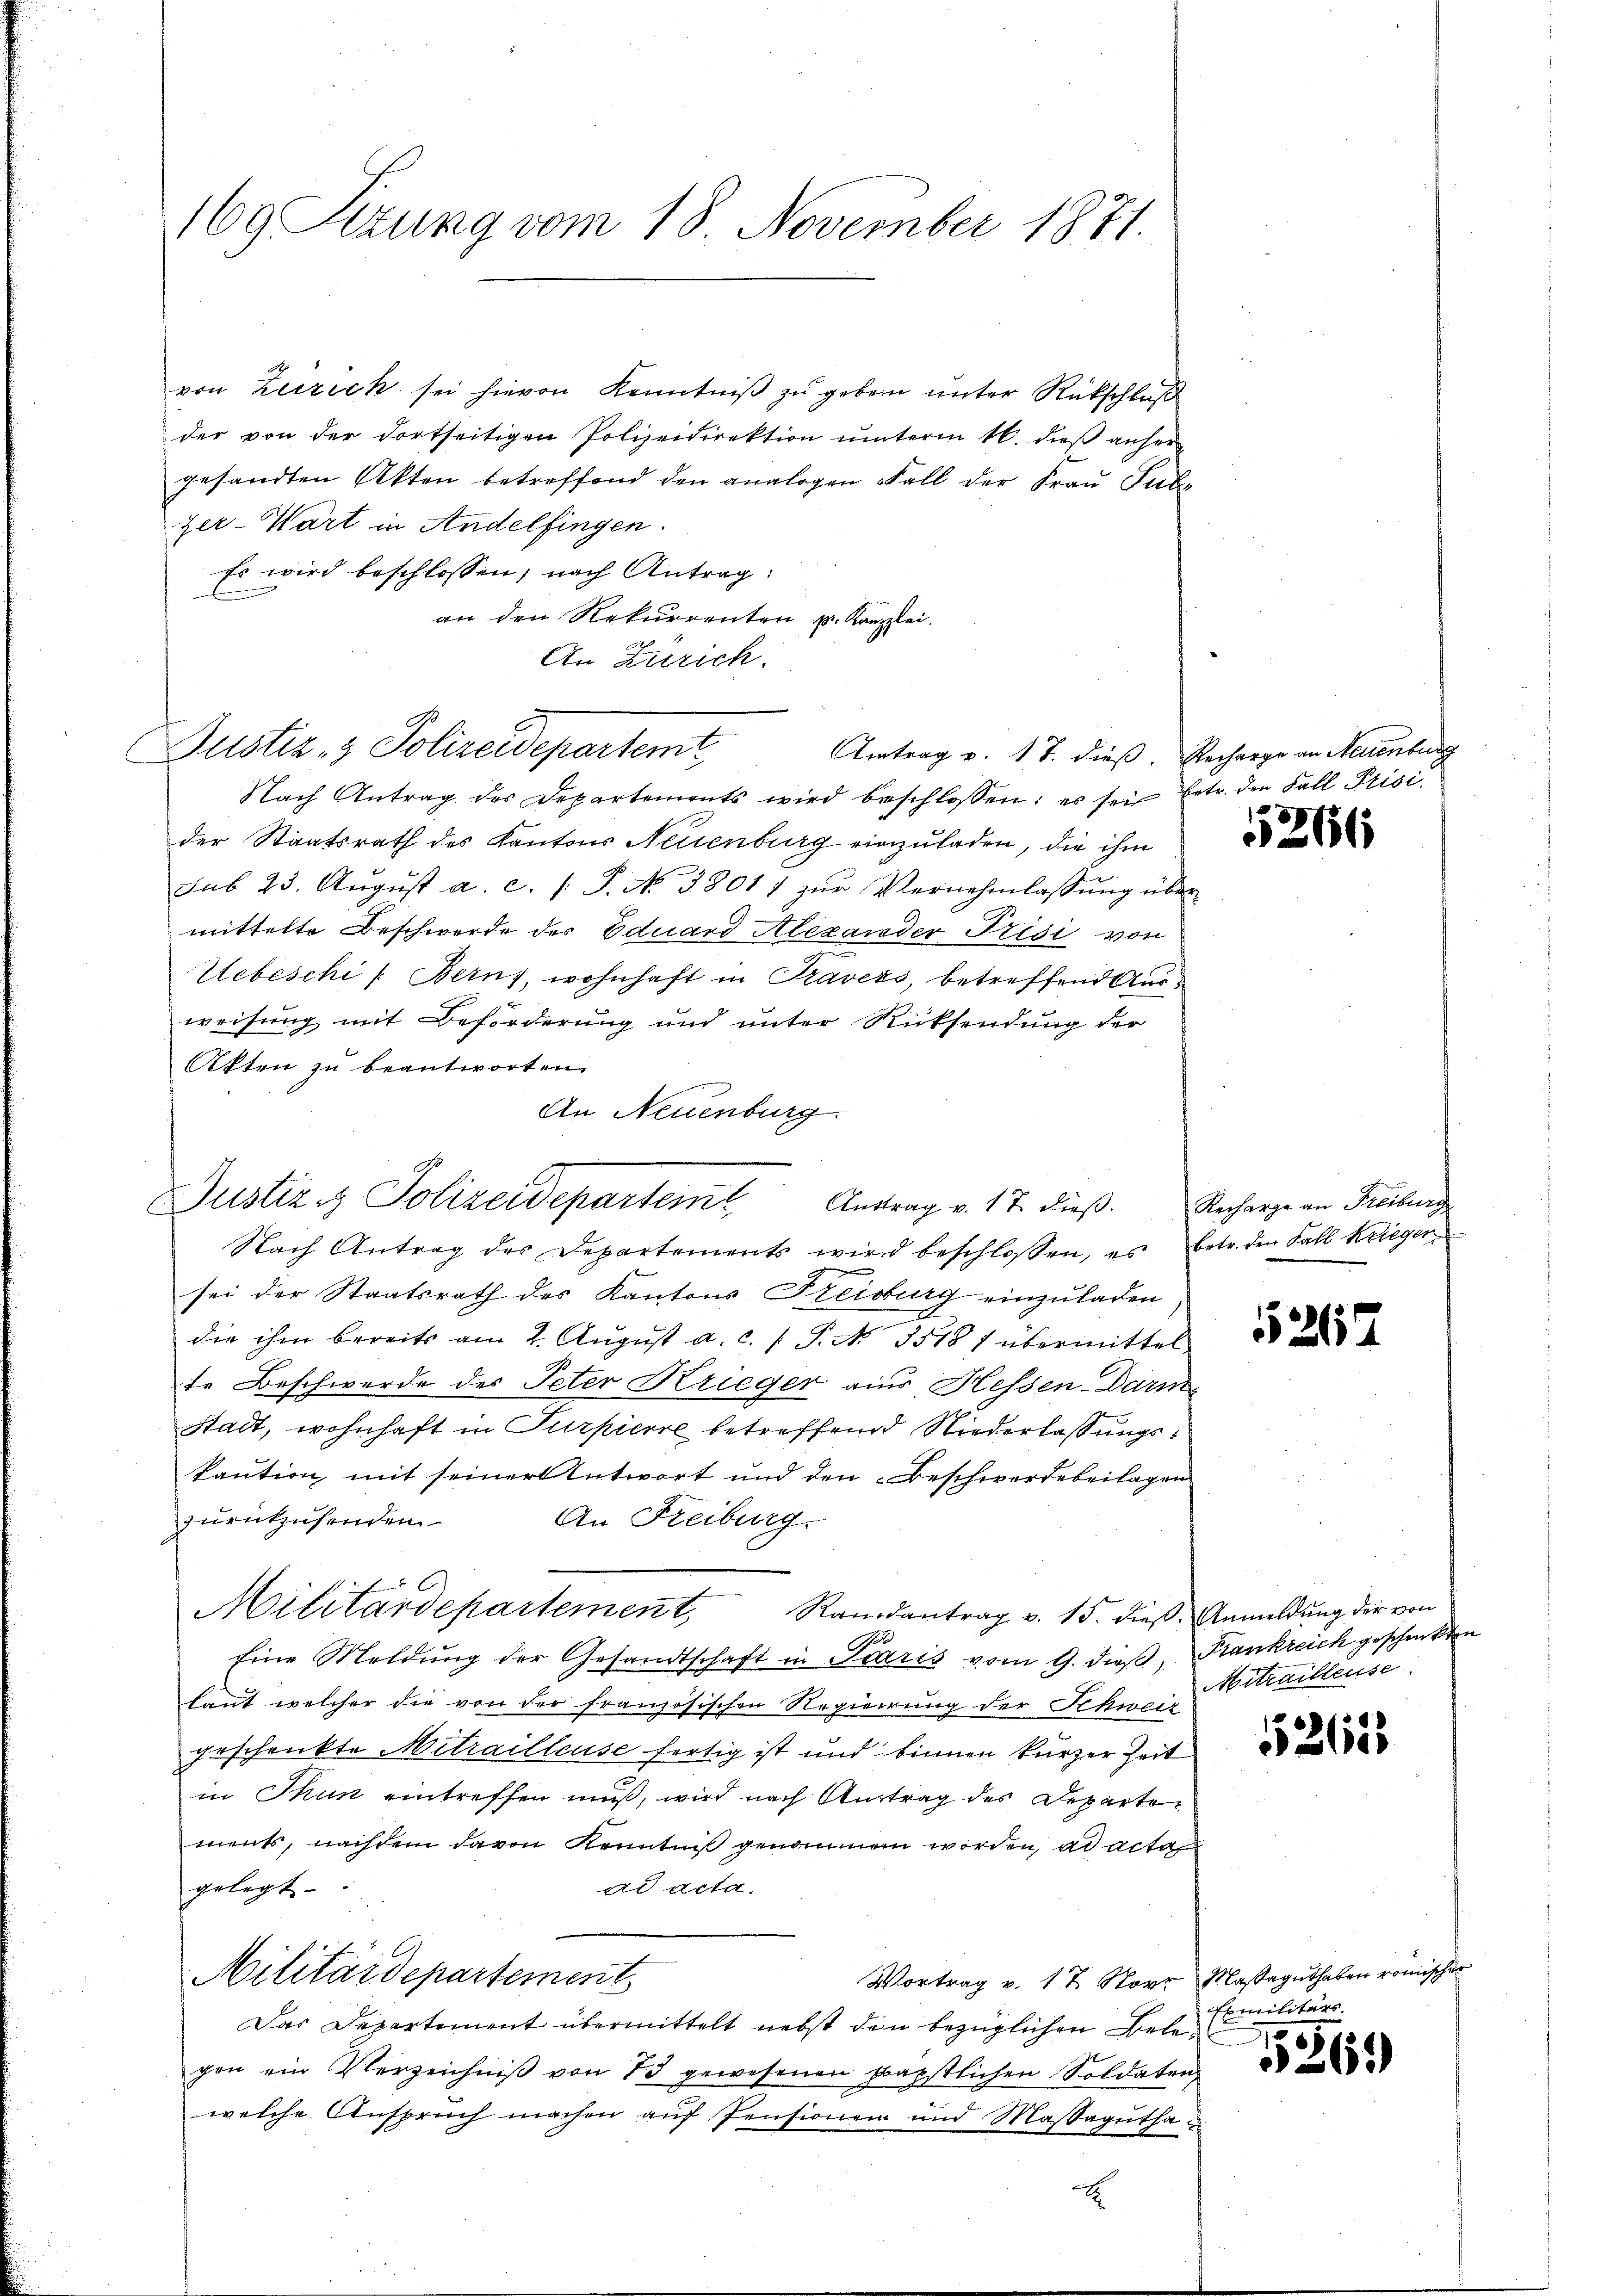
169 Sizung vom 18. November 1871.

Justiz- & Polizeidepartemt,

von Zerrich sei hievon Kenntniβ zŭ geben unter Rückschluß
der von der dortseitigen Polizeidirektion ŭnterm 16. dieβ anher
gesandten Akten betreffend den analogen Fall der Frau Sub
zer-Wart in Andelfingen.
Es wird beschlossen, nach Antrag:
an den Rekurrenten p. Kanzlei.
An Zürich.
Nach Antrag des Departements wird beschlossen: es sei betr. den Fall Prisi
der Staatsrath des Kantons Neuenburg einzuladen, die ihm
sub 23. Aŭgŭst a. c. 1 S. No 3801 1 zŭr Vernehmlassŭng über
mittelte Beschwerde der Eduard Alexander Prisi von
Uebeschi /: Bern, wohnhaft in Travers, betreffend Ausweisung mit Beförderung und unter Rücksendung der
Akten zu beantworten.
An Neuenburg.
Nach Antrag der Departements wird beschlossen, es betr. den Fall Krieger
sei der Staatsrath des Kantons Freiburg einzuladen
die ihm bereits am 2. August a. c. f. P. No. 35187 übermittel
te Beschwerde des Peter Krieger aus Hessen-Darm
Stadt, wohnhaft in Turpierre betreffend Niederlassungskaution, mit seiner Antwort und den Beschwerdebeilagen
zurükzusenden
An Freiburg.
Militärdepartement, Randantrag v. 15. dieß. Anmeldung der von
Eine Meldung der Gesandtschaft in Paris vom 9. dieβ, Frankreich geschenkten
laut welcher die von der französischen Regierung der Schweiz
geschenkte Metrailleuse fertig ist und binnen kurzer Zeit
in Thun eintreffen muß, wird nach Antrag des Departements, nachdem davon Kenntniß genommen worden, ad acta
ad acta.
gelegt
Militärdepartement
Vortrag v. 17. Störr Maßaguthaben römischer
Das Departement übermittelt nebst den bezüglichen Belegen ein Verzeichniβ von 73 gewesenen präpstlichen Soldaten,
welche Anspruch machen auf Pensionen und Massagutha

Justiz & Polizeidepartem Antrag v. 17 dieβ. Recharge an Freiburg

Amtrag v. 17. dieß. Recharge an Neuenburg

1

266

2157

Mitrailleuse

55265

Exmilitärs

5269)